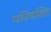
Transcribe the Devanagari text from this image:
परियन्ति